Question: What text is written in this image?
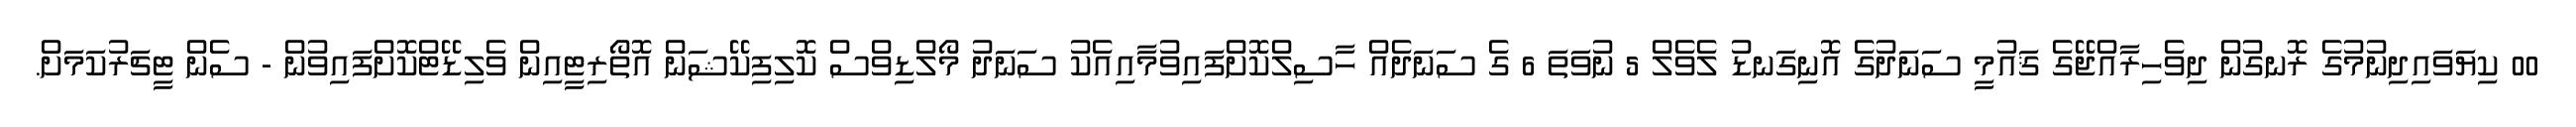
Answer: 00 ކިޔަވައިދިނުމުގެ ރޮނގުން ދިވެހިރާއްޖޭގެ ޤައުމީ ސަނަދުގެ އޮނިގަނޑު ލެވެލް 5 ނުވަތަ 6 ގެ ސަނަދެއް ހާސިލްކޮށްފައިވުމާއިއެކު ސަނަދު މޯލްޑިވްސް ކޮލިފިކޭޝަން އޮތޯރިޓީއިން ވެލިޑޭޓްކޮށްފައިވުން - ސެން ޓީޗަރުކަމަށް.